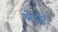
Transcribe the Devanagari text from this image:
ओज्जी